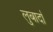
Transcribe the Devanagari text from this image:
लुबार्दा